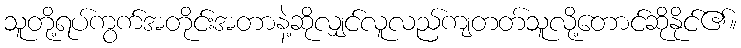
သူတို့ရပ်ကွက်အတိုင်းအတာနဲ့ဆိုလျှင်လူလည်ကျတတ်သူလို့တောင်ဆိုနိုင်၏။